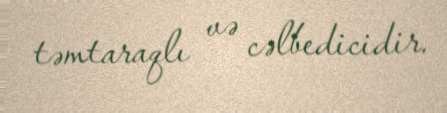
təmtaraqlı və cəlbedicidir.